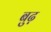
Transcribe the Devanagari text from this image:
बुढ़